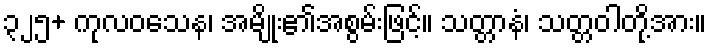
၃၂၅+ ကုလဝသေန၊ အမျိုး၏အစွမ်းဖြင့်။ သတ္တာနံ၊ သတ္တဝါတို့အား။